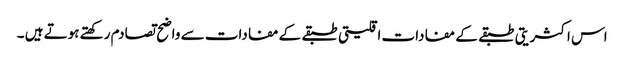
اس اکثریتی طبقے کے مفادات اقلیتی طبقے کے مفادات سے واضح تصادم رکھتے ہوتے ہیں ۔